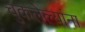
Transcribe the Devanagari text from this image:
चुकलेल्यांना